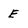
Character: E